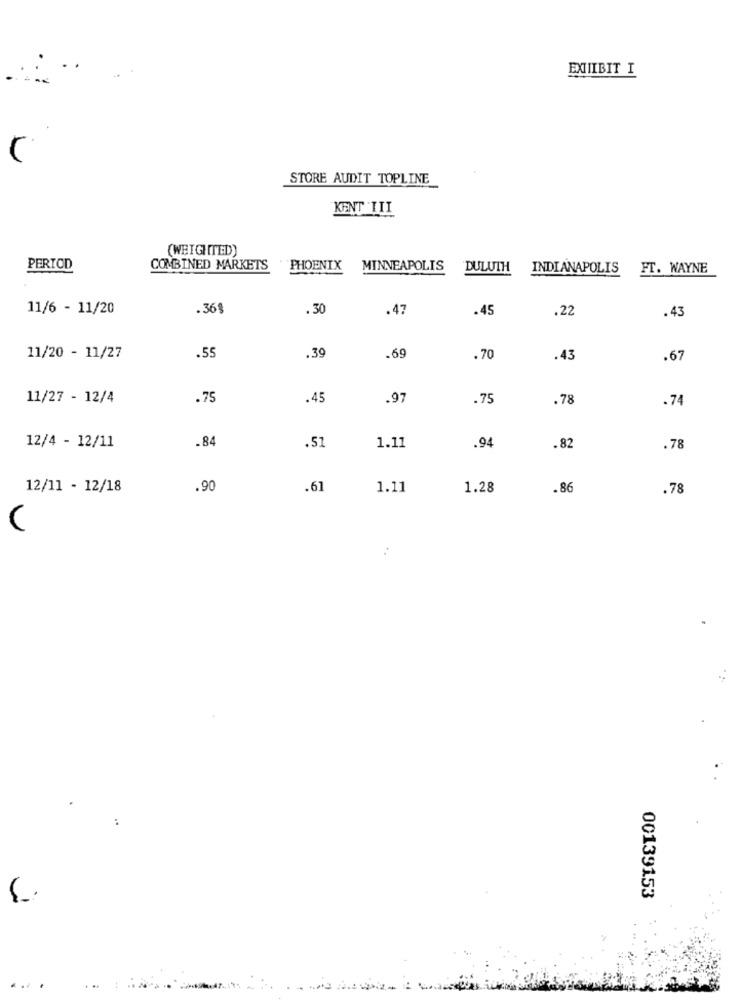
EXIIIBIT I
STORE AUDIT TOPLINE
KENT III
(WEIGHTED)
PERIOD
COMBINED MARKETS
PHOENIX
MINNEAPOLIS
DULUTH INDIANAPOLIS
FT. WAYNE
11/6 - 11/20
.36
.30
.47
.45
.22
.43
11/20 - 11/27
.55
.39
.69
.70
.43
.67
11/27 - 12/4
.75
.45
.97
.75
.78
.74
.84
12/4 - 12/11
.51
1.11
.94
.82
.78
12/11 - 12/18
.90
.61
1.11
1.28
.86
.78
..
00139153
...